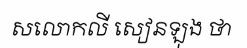
សលោកលី សៀនឡុង ថា